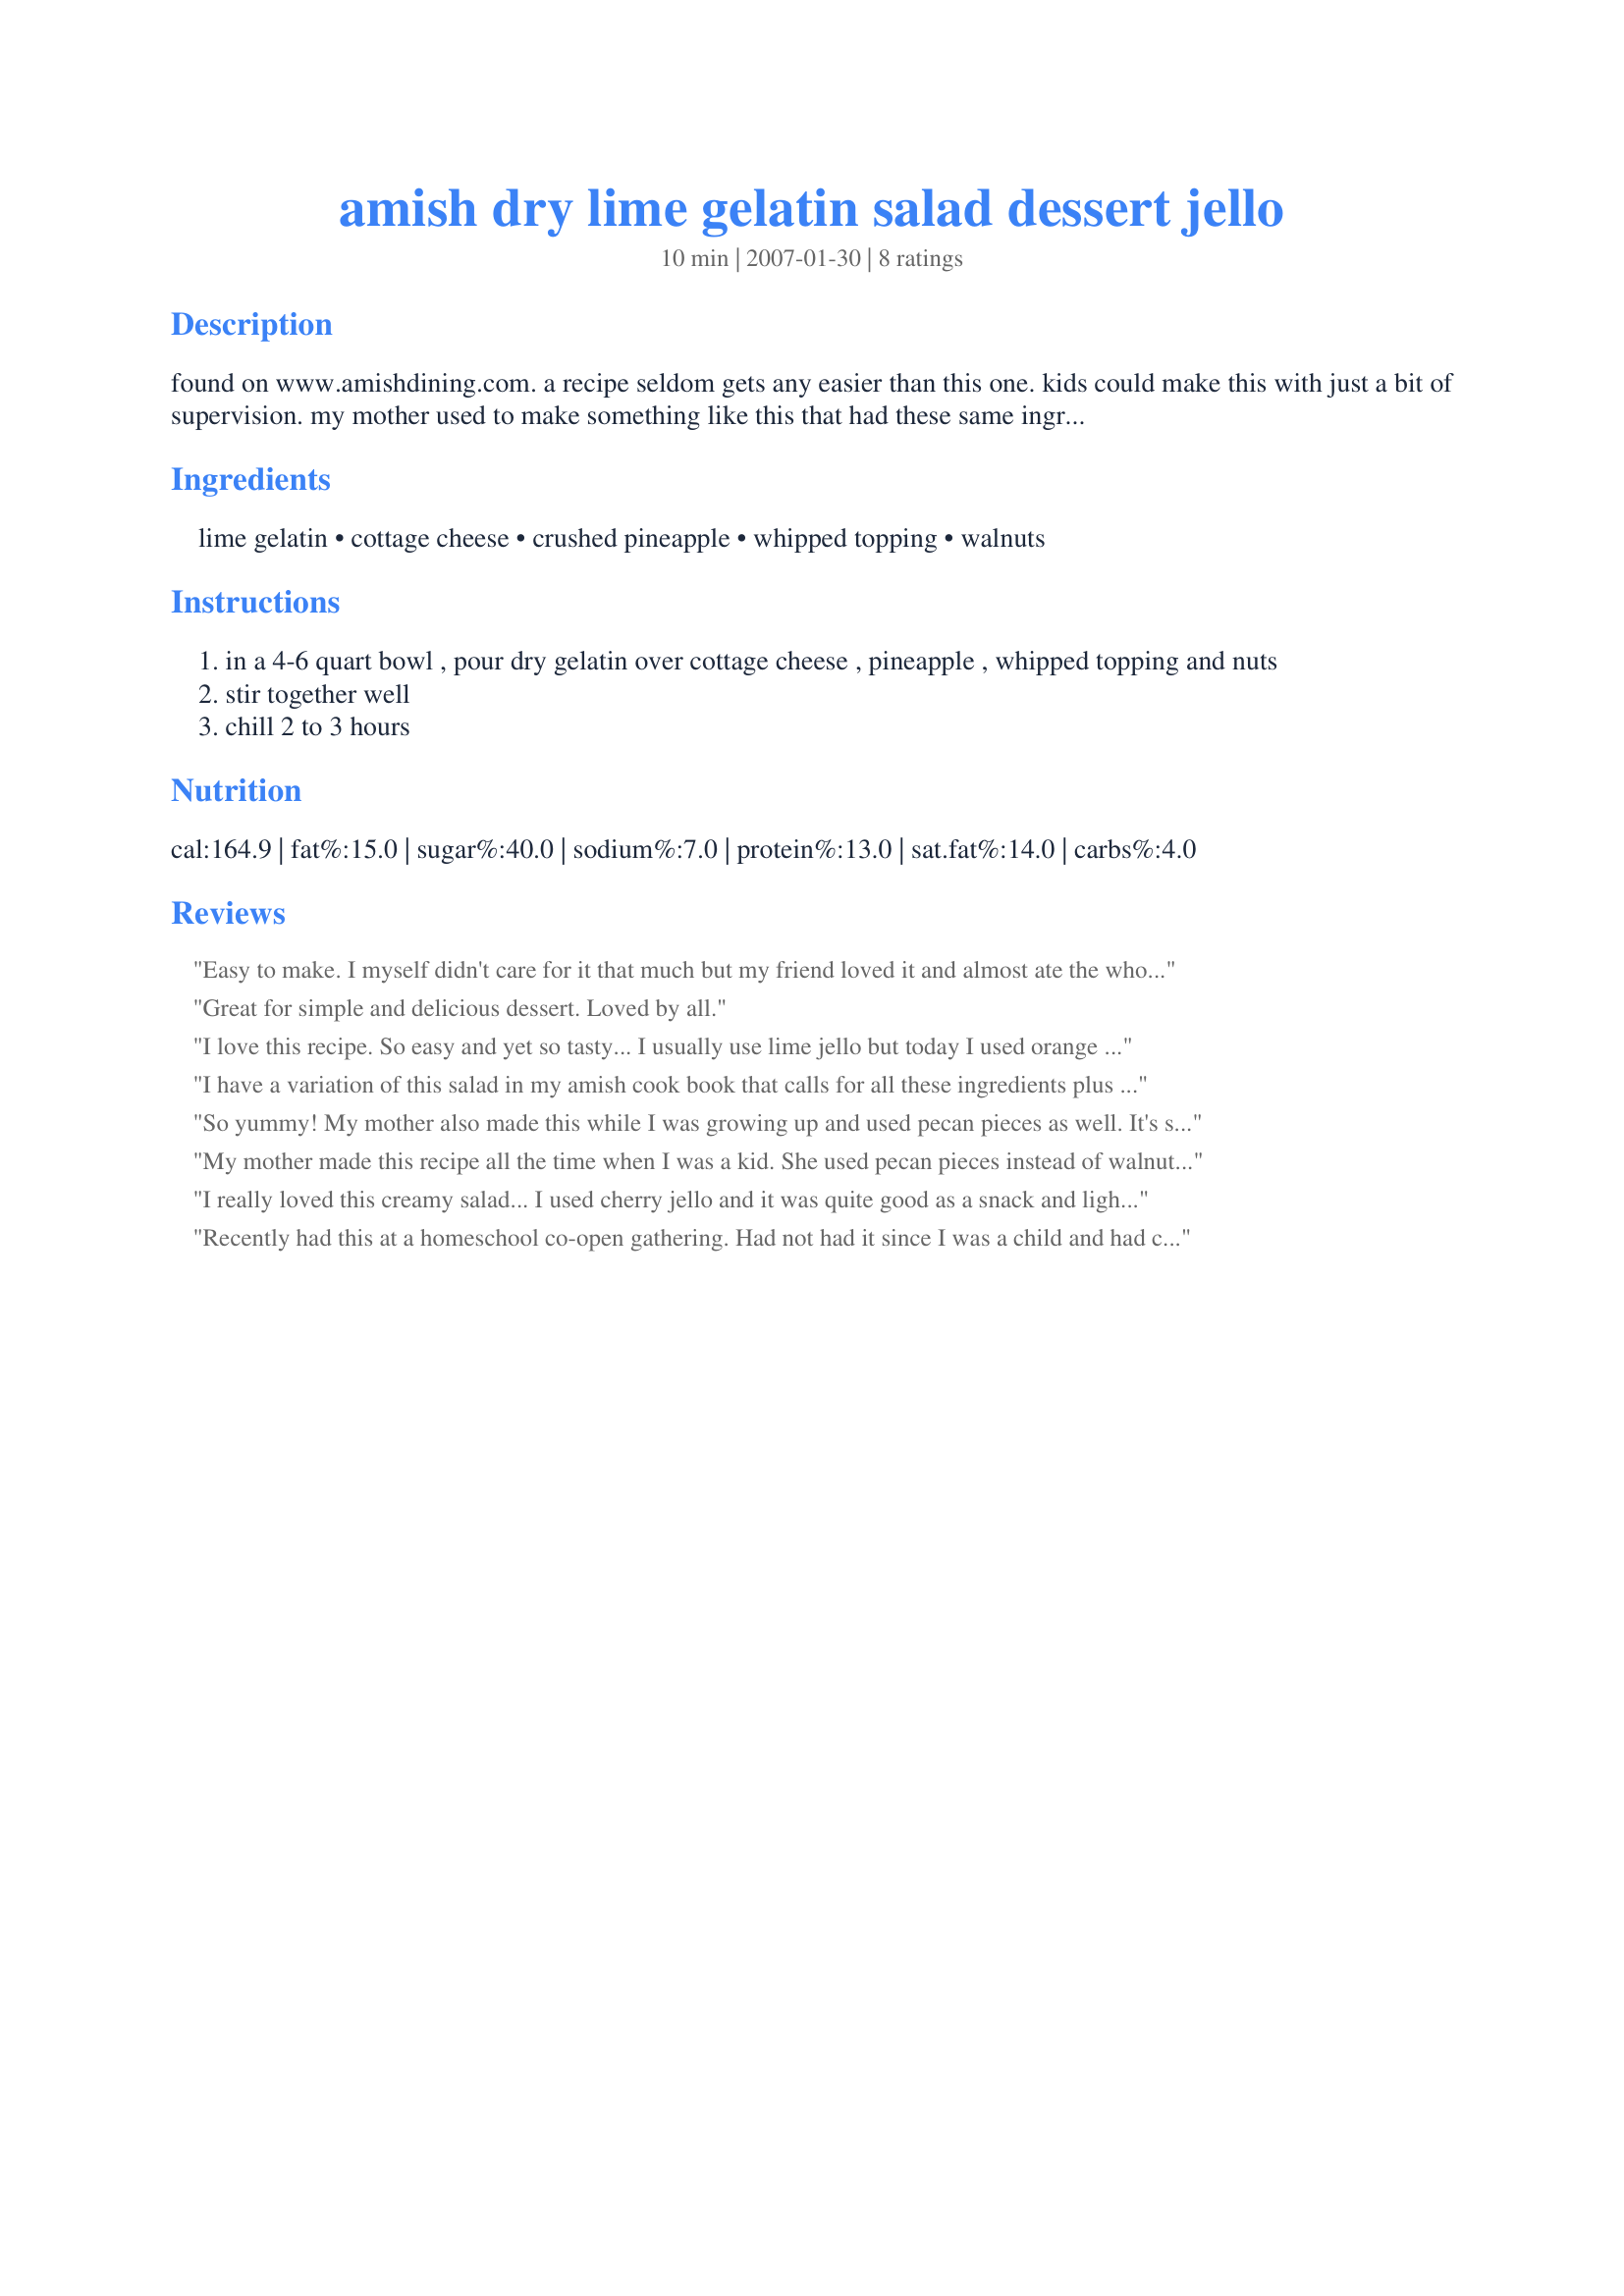
amish dry lime gelatin salad dessert jello
Preparation time: 10 minutes

found on www.amishdining.com. a recipe seldom gets any easier than this one. kids could make this with just a bit of supervision. my mother used to make something like this that had these same ingredients. this is much like her's, and since she was not a dessert maker, i am sure she would have opted for a simple recipe. other flavors of gelatin work too, like cherry and strawberry which are perfect for valentine's day. note: times do not include the 2-3 hours for chilling time. servings are approximate.

Ingredients:
lime gelatin, cottage cheese, crushed pineapple, whipped topping, walnuts

Steps:
in a 4-6 quart bowl , pour dry gelatin over cottage cheese , pineapple , whipped topping and nuts
stir together well
chill 2 to 3 hours

Reviews:
Easy to make. I myself didn't care for it that much but my friend loved it and almost ate the whole dish at one time. The little bit left over he took home.
Great for simple and delicious dessert. Loved by all.
I love this recipe. So easy and yet so tasty... I usually use lime jello but today I used orange instead... it was still really good! Thanks for the recipe!
I have a variation of this salad in my amish cook book that calls for all these ingredients plus a can of drained mandarin oranges, and of course orange jello instead of lime. It's called cottage cheese salad. And it looks very pretty with the light peachy/orange color served in dessert glasses with a small dollop of whipped topping and a red cherry on top. A real keeper.
So yummy! My mother also made this while I was growing up and used pecan pieces as well. It's so good, and I'm glad to add it to my "go to list" for get togethers. Light and so good! Thanks for posting!! : )
My mother made this recipe all the time when I was a kid. She used pecan pieces instead of walnuts. She would let the jello slightly thicken in the refrigerator before adding in the other ingredients, and then chill it thoroughly. A delicious salad!
I really loved this creamy salad... I used cherry jello and it was quite good as a snack and light dessert. I am on a quest to find the "jello salad" I remember eating when I was younger and while this was close, still not "the one"! It was a little grainy for me... I guess more stirring would help that? But good flavor... thanks for posting!
Recently had this at a homeschool co-open gathering. Had not had it since I was a child and had completely forgotten about it. Had to make it as soon as we got home. Used sugar free cherry Jell-o and it was delicious! Thank you for sharing!
